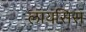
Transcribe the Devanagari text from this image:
लायसिस